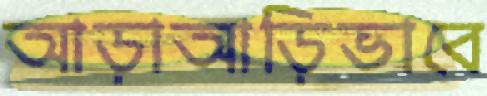
আড়াআড়িভাবে